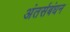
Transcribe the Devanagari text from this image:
अंतर्सबंधन